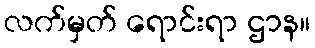
လက်မှတ် ရောင်းရာ ဌာန။